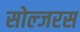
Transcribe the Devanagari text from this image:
सोल्जरस